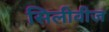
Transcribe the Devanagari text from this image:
सिलीवीज